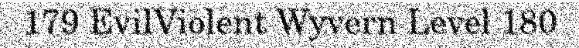
179 EvilViolent Wyvern Level 180